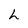
Character: h